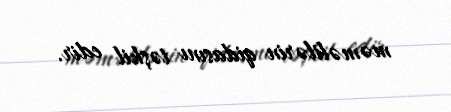
məməlilərin qidasını təşkil edir.